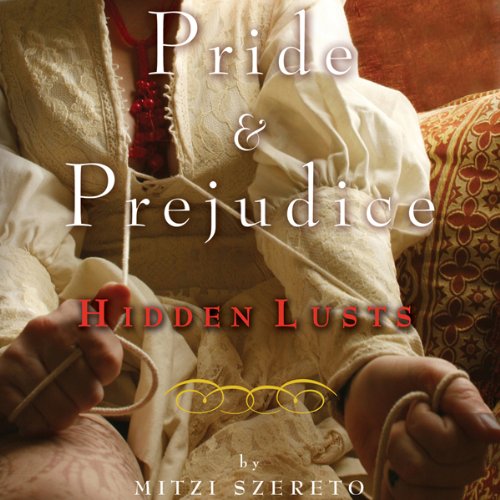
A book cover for Pride and Prejudice: Hidden Lusts; Mitzi Szereto; Romance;